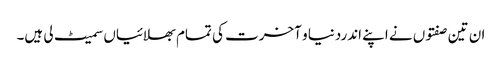
ان تین صفتوں نے اپنے اندردنیا و آخرت کی تمام بھلائیاں سمیٹ لی ہیں۔